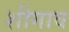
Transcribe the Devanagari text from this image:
शीगाव